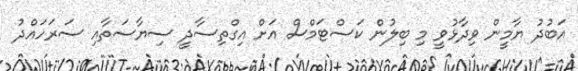
އަބުދު ޔާމީން ވިދާޅުވީ މި ބިލުން ކަސްޓަމްސް އަށް އިގްތިސާދީ ސިޔާސަތާއި ސަރަހައްދު